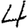
Digit: 4